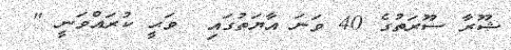
ޝޫރާ ސޫރަތުގެ 40 ވަނަ އާޔަތުގައި  ވަޙީ ކުރައްވަނީ "